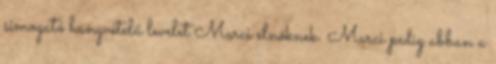
simogató hangvételű levelet Marci elnöknek. Marci pedig abban a